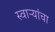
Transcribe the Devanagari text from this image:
स्वाऱ्यांचा